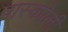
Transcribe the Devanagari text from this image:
पास्कोली